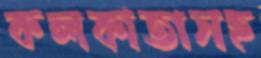
কলকাতাসহ